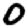
Digit: 0